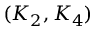
( K _ { 2 } , K _ { 4 } )